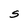
Character: S